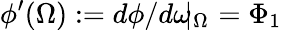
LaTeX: \phi^{\prime}(\Omega):=d\phi/d\omega\! \! \! \mid_{\Omega}\, \, =\Phi_{1}